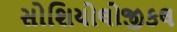
સોશિયોલોજીકલ